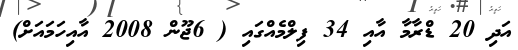
އަދި 20 ޑްރާމާ އާއި 34 ފިލްމެއްގައި ( 6ޖޫން 2008 އާއިހަމައަށް)